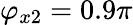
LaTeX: \varphi_{x2}=0.9\pi